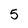
Character: 5